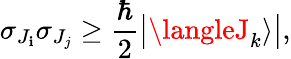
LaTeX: \sigma_{J_{\mathbf{i}}}\sigma_{J_{j}}\geq{\frac{{\hbar}}{{2}}}{\big|}\langleJ_{k}\rangle{\big|},